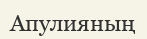
Апулияның